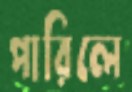
পারিলে